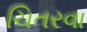
ચિતરવા